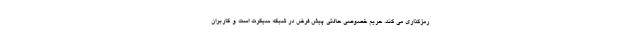
رمزگذاری می کند. حریم خصوصی حالتی پیش فرض در شبکه سیکرت است و کاربران